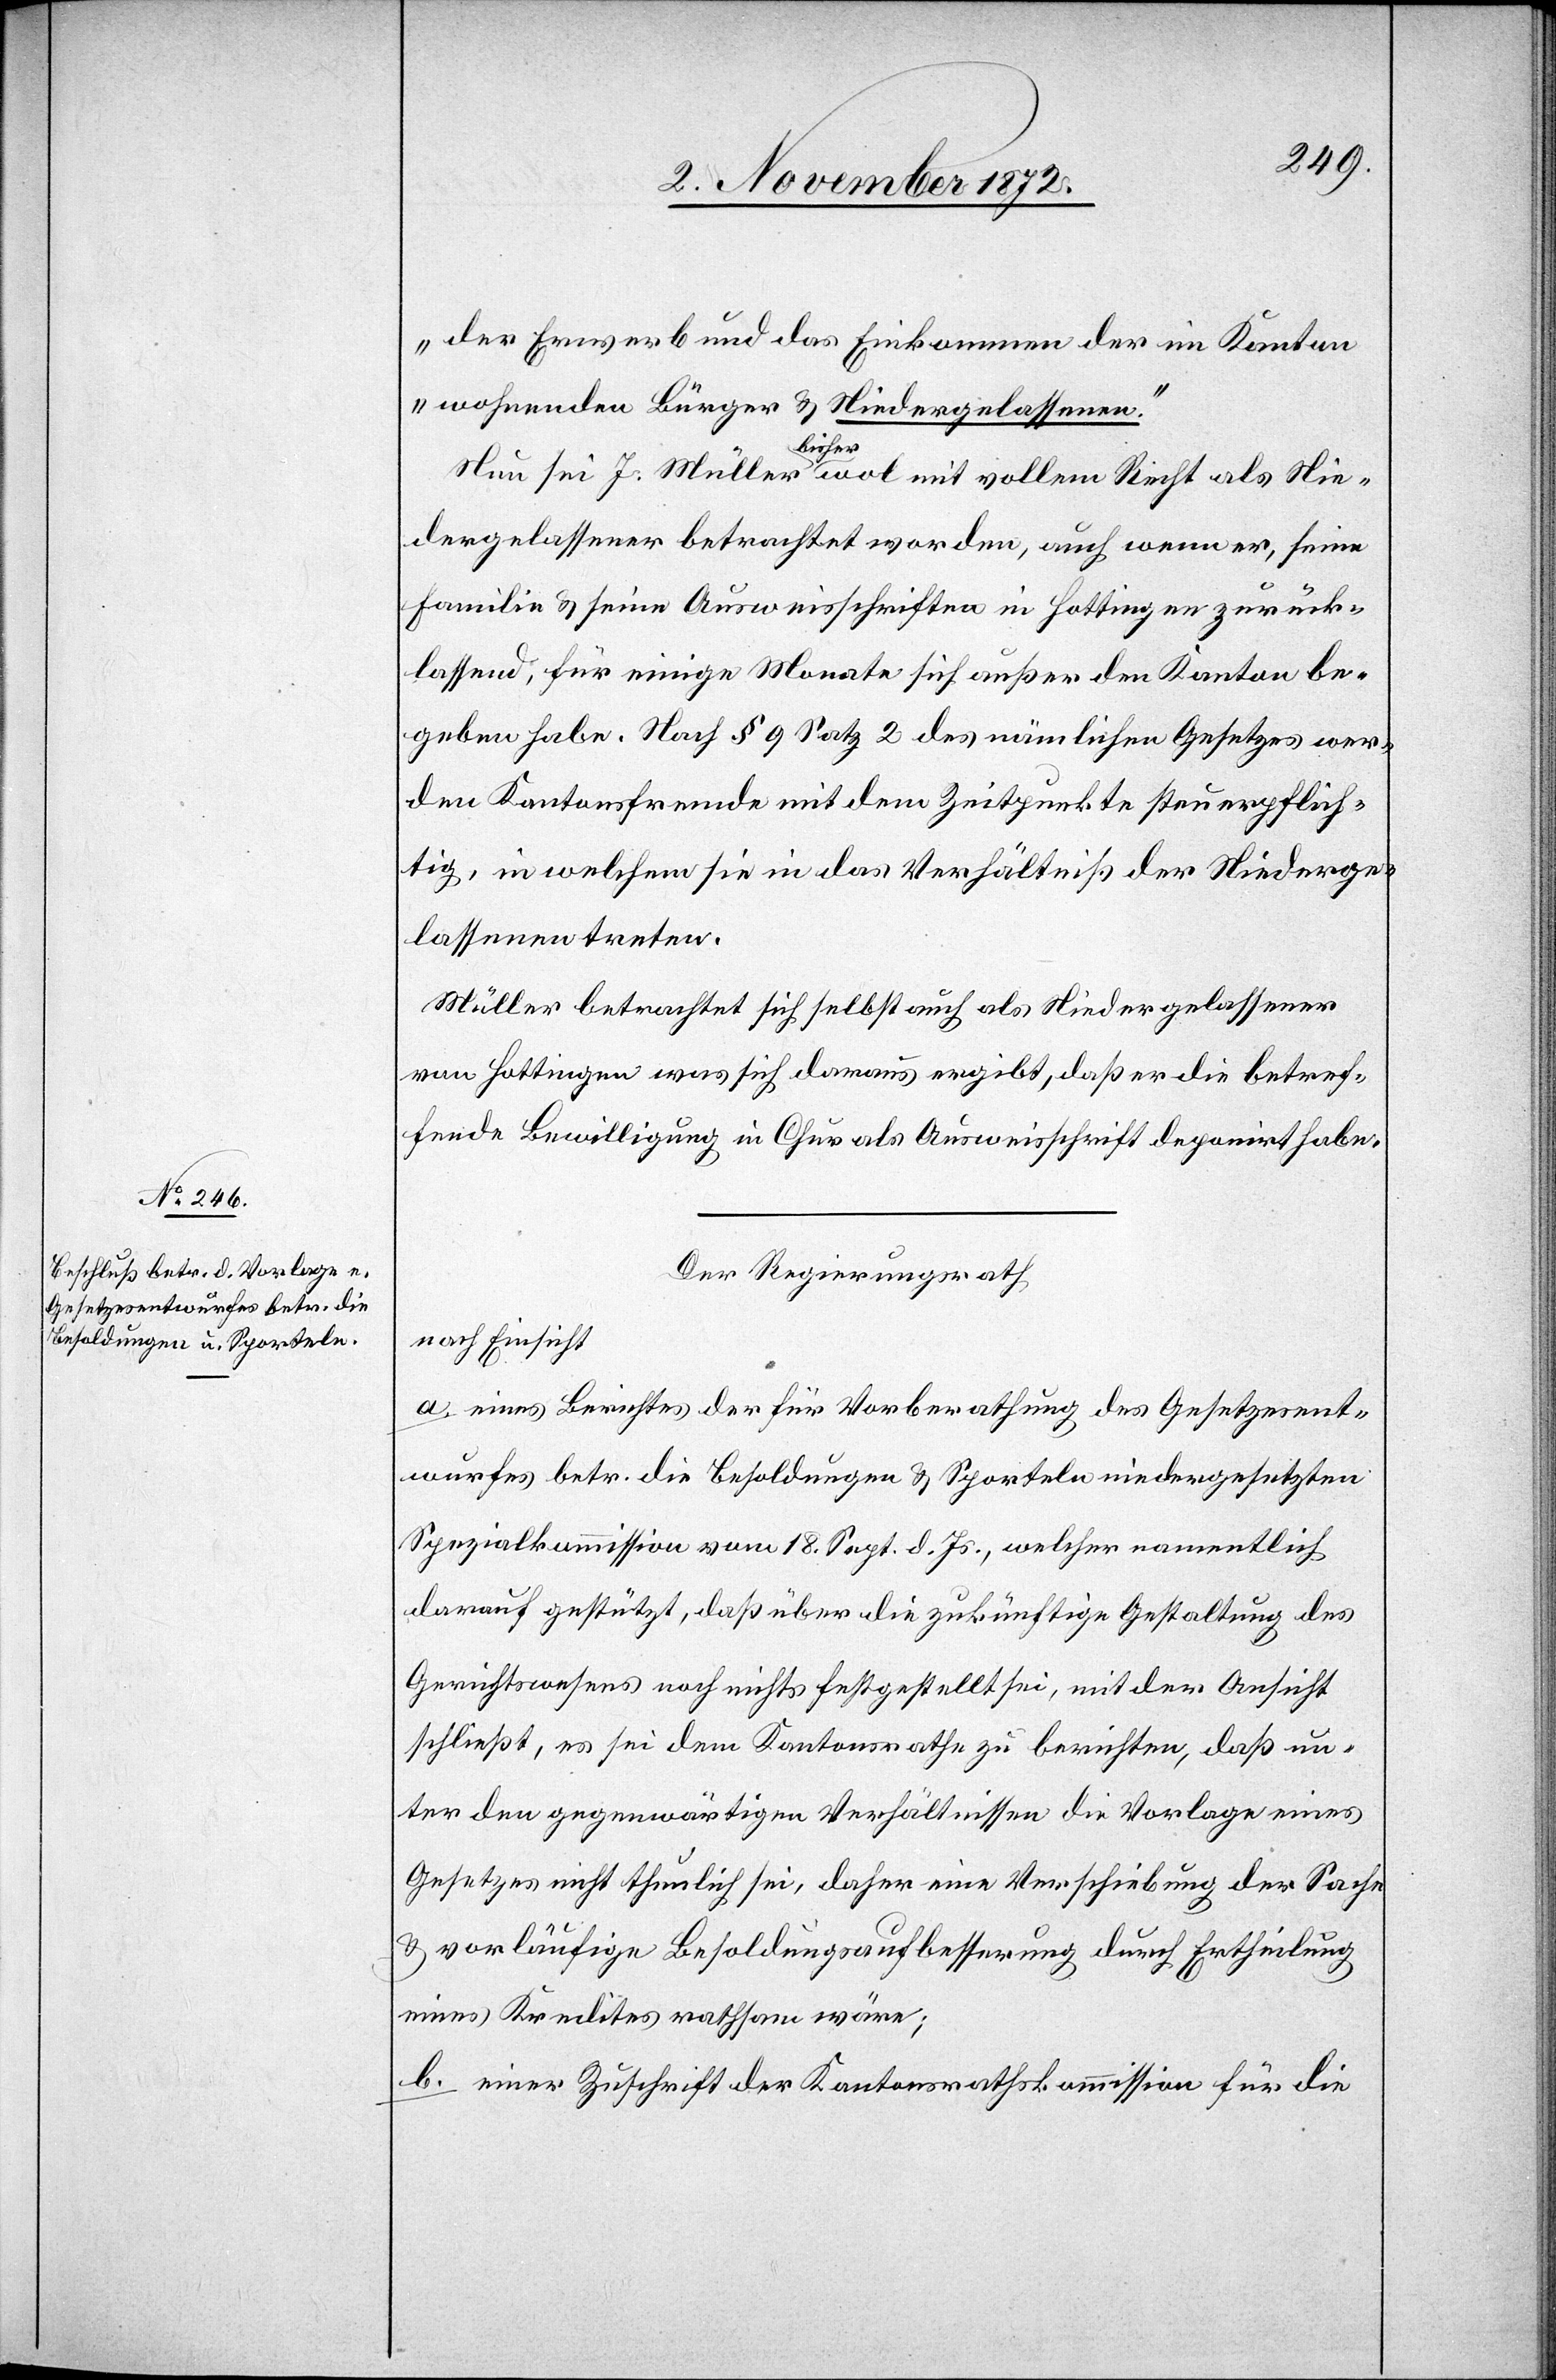
der Erwerb und das Einkommen der im Kanton
wohnenden Bürger u. Niedergelassenen.“
Nun sei J. Müller bisher wol mit vollem Recht als Nie¬
dergelassener betrachtet worden, auch wenn er, seine
Familie u. seine Ausweisschriften in Hottingen zurück¬
lassend, für einige Monate sich außer den Kanton be¬
geben habe. Nach § 9 Satz 2 des nämlichen Gesetzes wer¬
den Kantonsfremde mit dem Zeitpunkte steuerpflich¬
tig, in welchem sie in das Verhältniß der Niederge¬
lassenen treten.
Müller betrachtet sich selbst auch als Niedergelassener
von Hottingen was sich daraus ergibt, daß er die betref¬
fende Bewilligung in Chur als Ausweisschrift deponirt habe.
Der Regierungsrath
nach Einsicht
a. eines Berichtes der für Vorberathung des Gesetzesent¬
wurfes betr. die Besoldungen u. Sporteln niedergesetzten
Spezialkommission vom 18. Sept. d. Js., welcher namentlich
darauf gestützt, daß über die zukünftige Gestaltung des
Gerichtswesens noch nichts festgestellt sei, mit der Ansicht
schließt, es sei dem Kantonsrathe zu berichten, daß un¬
ter den gegenwärtigen Verhältnissen die Vorlage eines
Gesetzes nicht thunlich sei, daher eine Verschiebung der Sache
u. vorläufige Besoldungsaufbesserung durch Ertheilung
eines Kredites rathsam wäre;
b. einer Zuschrift der Kantonsrathskommission für die